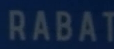
RABAT